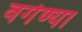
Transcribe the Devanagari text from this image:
वर्गण्या